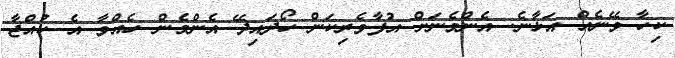
ކިހާ ވޭނެއް އަޅާނެ. އެންމެނަށް އުފާވެރިކަން ހޯދައިދޭ އެންމެން ހެއްވާ އެ ކުއްޖާ